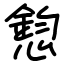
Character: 憌